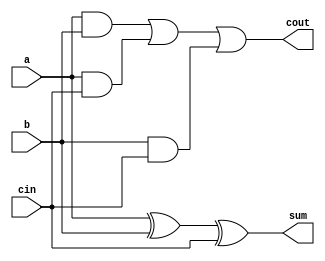
/*
Author: Yue Zheng
Email: zhen0631@umn.edu

Full Adder.

3:2

Instantiation:

    full_adder u_fadder (
        .a(),
        .b(),
        .cin(),
        .sum(),
        .cout()
    );

*/

module full_adder (
    input a,
    input b,
    input cin,
    output sum,
    output cout
);

    assign sum = a ^ b ^ cin;
    assign cout = (a & b) || (a & cin) || (b & cin);

endmodule